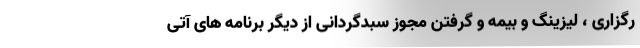
رگزاری ، لیزینگ و بیمه و گرفتن مجوز سبدگردانی از دیگر برنامه های آتی